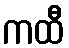
ကထီ